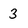
Character: 3